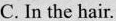
C. In the hair.